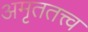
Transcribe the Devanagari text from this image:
अमृततत्त्व